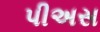
પીઅસ